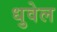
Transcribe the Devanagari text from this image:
धुवेल